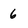
Character: 6